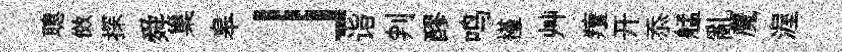
聰傚探舜巢皋」诣判醪鸣槿艸羶开忝艋亂魔渥